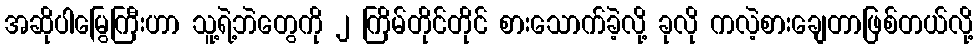
အဆိုပါမြွေကြီးဟာ သူ့ရဲ့ဘဲတွေကို ၂ ကြိမ်တိုင်တိုင် စားသောက်ခဲ့လို့ ခုလို ကလဲ့စားချေတာဖြစ်တယ်လို့